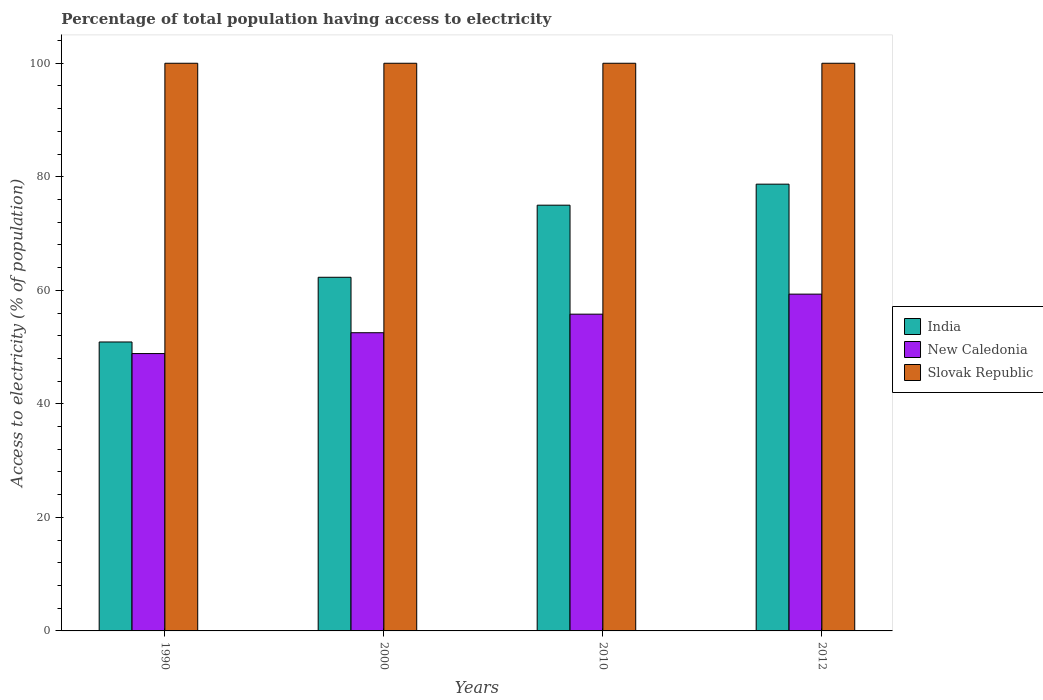
| Years | India | New Caledonia | Slovak Republic |
 | --- | --- | --- | --- |
 | 1990 | 50.9 | 48.9 | 100 |
 | 2000 | 62.3 | 52.5 | 100 |
 | 2010 | 75 | 55.8 | 100 |
 | 2012 | 78.7 | 59.3 | 100 |